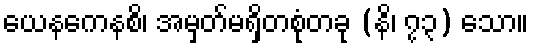
ယေနကေနစိ၊ အမှတ်မရှိတစုံတခု (နိ၊ ၇၃) သော။